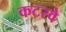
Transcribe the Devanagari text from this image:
कटरवे